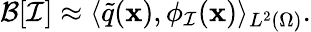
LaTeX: \mathcal{B}[\mathcal{I}]\approx\langle\tilde{q}(\mathbf{x}),\phi_{\mathcal{I}}(\mathbf{x})\rangle_{L^{2}(\Omega)}.